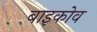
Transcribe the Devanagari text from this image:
बाइकोव